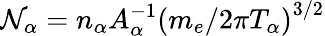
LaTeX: \mathcal{N}_{\alpha}=n_{\alpha}A_{\alpha}^{-1}\left(m_{e}/2\pi T_{\alpha}\right)^{3/2}